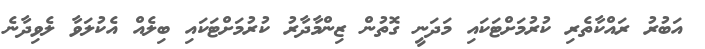
އަބުރު ރައްކާތެރި ކުރުމަށްޓަކައި މަދަނީ ގޮތުން ޒިންމާދާރު ކުރުމަށްޓަކައި ބިލެއް އެކުލަވާ ލެވިދާނެ